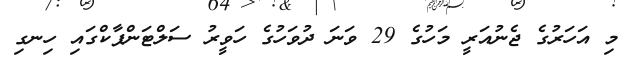
މި އަހަރުގެ ޖެނުއަރީ މަހުގެ 29 ވަނަ ދުވަހުގެ ހަވީރު ސަލްޓަންޕާކްގައި ހިނގި